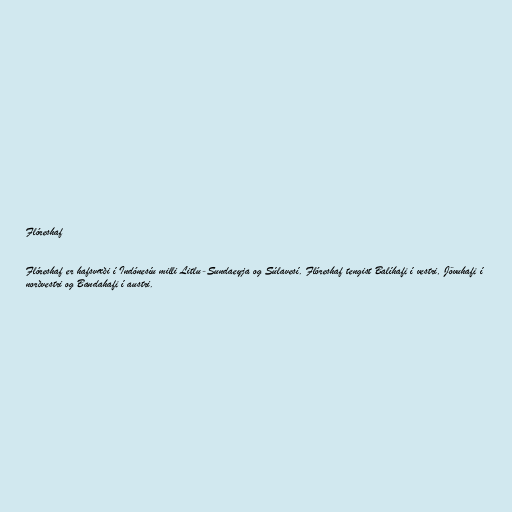
Flóreshaf

Flóreshaf er hafsvæði í Indónesíu milli Litlu-Sundaeyja og Súlavesí. Flóreshaf tengist Balíhafi í vestri, Jövuhafi í
norðvestri og Bandahafi í austri.